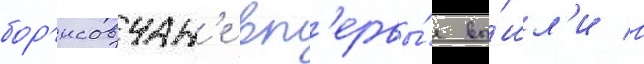
бор'исовчан'е вп'ервы́е вы́шл'и в